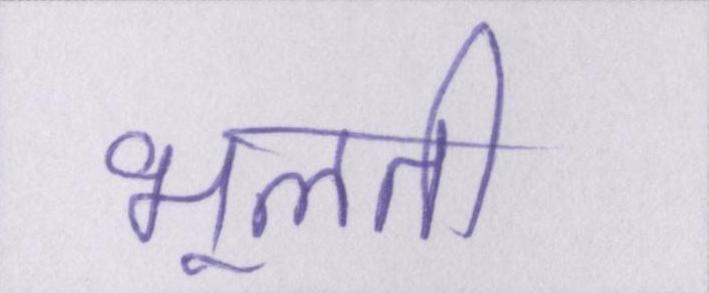
भूलती